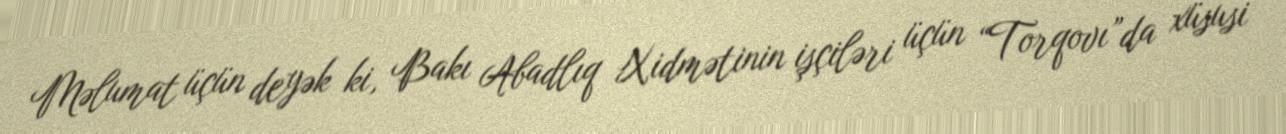
Məlumat üçün deyək ki, Bakı Abadlıq Xidmətinin işçiləri üçün “Torqovı”da xüsusi